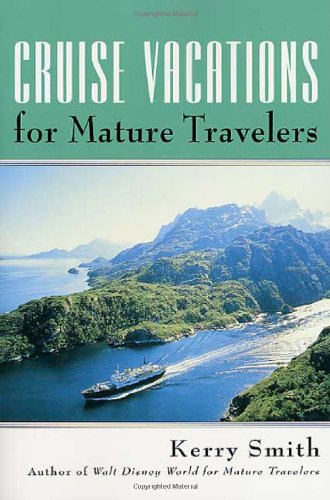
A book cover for Cruise Vacations for Mature Travelers; Kerry Smith; Travel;